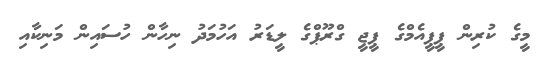
މީގެ ކުރިން ޕީޕީއެމްގެ ޕީޖީ ގްރޫޕްގެ ލީޑަރު އަހުމަދު ނިހާން ހުސައިން މަނިކާއި